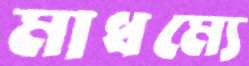
মাধম্যে